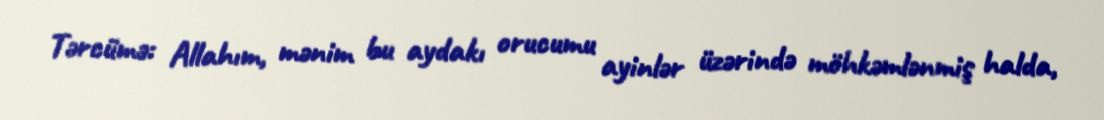
Tərcümə: Allahım, mənim bu aydakı orucumu ayinlər üzərində möhkəmlənmiş halda,